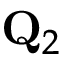
\mathbf { Q } _ { 2 }